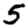
Digit: 5